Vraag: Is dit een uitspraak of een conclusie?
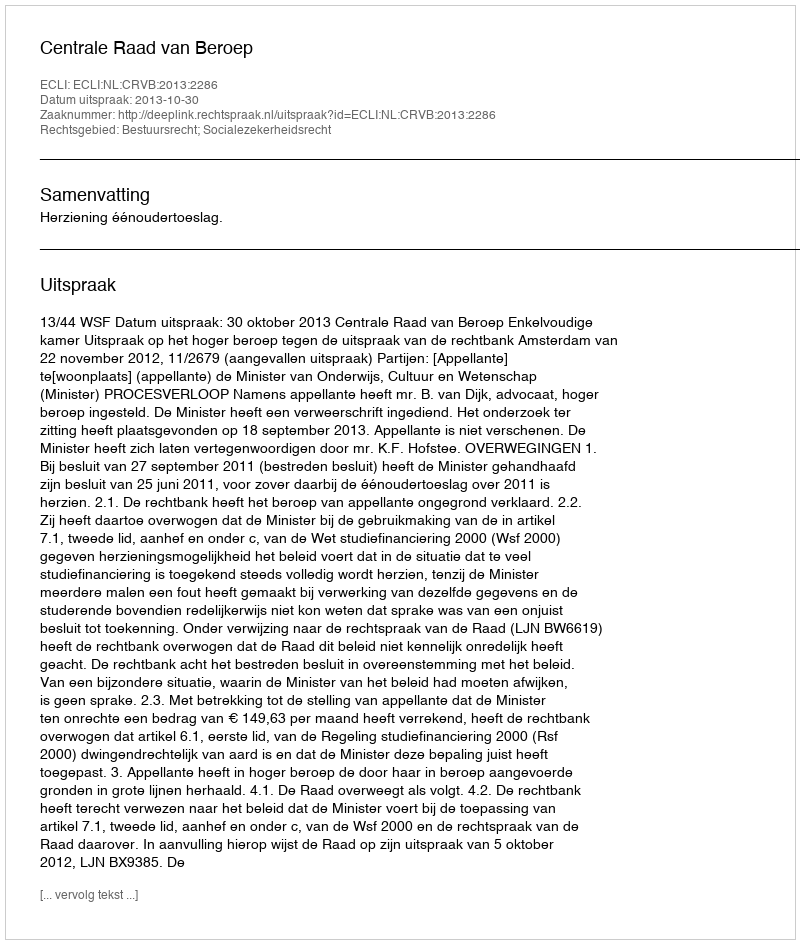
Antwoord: Uitspraak